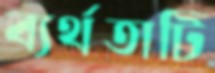
ব্যর্থতাটি